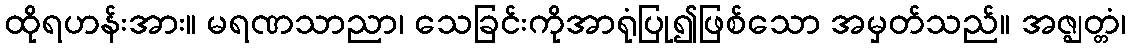
ထိုရဟန်းအား။ မရဏသာညာ၊ သေခြင်းကိုအာရုံပြု၍ဖြစ်သော အမှတ်သည်။ အဇ္ဈတ္တံ၊